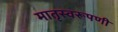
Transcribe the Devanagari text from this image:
मातृस्वरूपणी